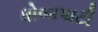
ધોબાપાટી